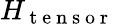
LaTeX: H_{\mathrm{~t~e~n~s~o~r~}}